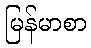
မြန်မာစာ